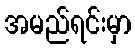
အမည်ရင်းမှာ